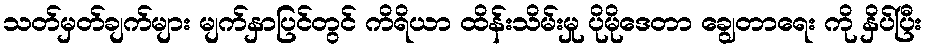
သတ်မှတ်ချက်များ မျက်နှာပြင်တွင် ကိရိယာ ထိန်းသိမ်းမှု ပိုမိုဒေတာ ချွေတာရေး ကို နှိပ်ပြီး